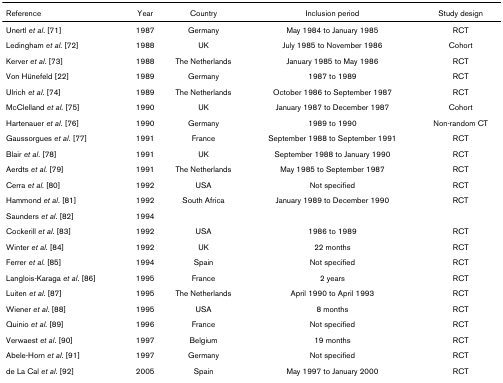
<table><thead><tr><td><b>Reference</b></td><td><b>Year</b></td><td><b>Country</b></td><td><b>Inclusion period</b></td><td><b>Study design</b></td></tr></thead><tbody><tr><td>Unertl <i>et al</i>. [71]</td><td>1987</td><td>Germany</td><td>May 1984 to January 1985</td><td>RCT</td></tr><tr><td>Ledingham <i>et al</i>. [72]</td><td>1988</td><td>UK</td><td>July 1985 to November 1986</td><td>Cohort</td></tr><tr><td>Kerver <i>et al</i>. [73]</td><td>1988</td><td>The Netherlands</td><td>January 1985 to May 1986</td><td>RCT</td></tr><tr><td>Von Hünefeld [22]</td><td>1989</td><td>Germany</td><td>1987 to 1989</td><td>RCT</td></tr><tr><td>Ulrich <i>et al</i>. [74]</td><td>1989</td><td>The Netherlands</td><td>October 1986 to September 1987</td><td>RCT</td></tr><tr><td>McClelland <i>et al</i>. [75]</td><td>1990</td><td>UK</td><td>January 1987 to December 1987</td><td>Cohort</td></tr><tr><td>Hartenauer <i>et al</i>. [76]</td><td>1990</td><td>Germany</td><td>1989 to 1990</td><td>Non-random CT</td></tr><tr><td>Gaussorgues <i>et al</i>. [77]</td><td>1991</td><td>France</td><td>September 1988 to September 1991</td><td>RCT</td></tr><tr><td>Blair <i>et al</i>. [78]</td><td>1991</td><td>UK</td><td>September 1988 to January 1990</td><td>RCT</td></tr><tr><td>Aerdts <i>et al</i>. [79]</td><td>1991</td><td>The Netherlands</td><td>May 1985 to September 1987</td><td>RCT</td></tr><tr><td>Cerra <i>et al</i>. [80]</td><td>1992</td><td>USA</td><td>Not specified</td><td>RCT</td></tr><tr><td>Hammond <i>et al</i>. [81]</td><td>1992</td><td>South Africa</td><td>January 1989 to December 1990</td><td>RCT</td></tr><tr><td>Saunders <i>et al</i>. [82]</td><td>1994</td><td></td><td></td><td></td></tr><tr><td>Cockerill <i>et al</i>. [83]</td><td>1992</td><td>USA</td><td>1986 to 1989</td><td>RCT</td></tr><tr><td>Winter <i>et al</i>. [84]</td><td>1992</td><td>UK</td><td>22 months</td><td>RCT</td></tr><tr><td>Ferrer <i>et al</i>. [85]</td><td>1994</td><td>Spain</td><td>Not specified</td><td>RCT</td></tr><tr><td>Langlois-Karaga <i>et al</i>. [86]</td><td>1995</td><td>France</td><td>2 years</td><td>RCT</td></tr><tr><td>Luiten <i>et al</i>. [87]</td><td>1995</td><td>The Netherlands</td><td>April 1990 to April 1993</td><td>RCT</td></tr><tr><td>Wiener <i>et al</i>. [88]</td><td>1995</td><td>USA</td><td>8 months</td><td>RCT</td></tr><tr><td>Quinio <i>et al</i>. [89]</td><td>1996</td><td>France</td><td>Not specified</td><td>RCT</td></tr><tr><td>Verwaest <i>et al</i>. [90]</td><td>1997</td><td>Belgium</td><td>19 months</td><td>RCT</td></tr><tr><td>Abele-Horn <i>et al</i>. [91]</td><td>1997</td><td>Germany</td><td>Not specified</td><td>RCT</td></tr><tr><td>de La Cal <i>et al</i>. [92]</td><td>2005</td><td>Spain</td><td>May 1997 to January 2000</td><td>RCT</td></tr></tbody></table>